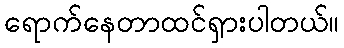
ရောက်နေတာထင်ရှားပါတယ်။